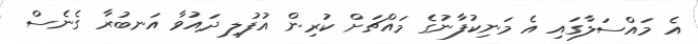
އެ މައްސަލާގައި އެ މަނިކުފާނުގެ މައްޗަށް ކުރިން އުފުލި ދައުވާ އަނބުރާ ގެނެސް